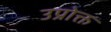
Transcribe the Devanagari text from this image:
उप्रोक्त